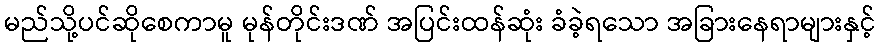
မည်သို့ပင်ဆိုစေကာမူ မုန်တိုင်းဒဏ် အပြင်းထန်ဆုံး ခံခဲ့ရသော အခြားနေရာများနှင့်